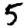
Digit: 5